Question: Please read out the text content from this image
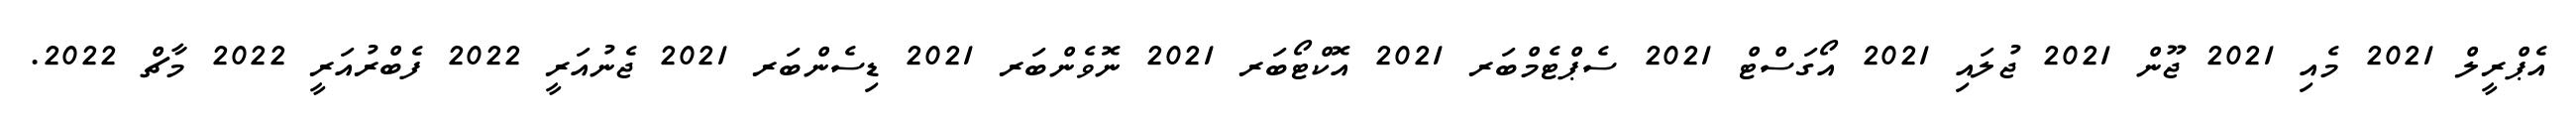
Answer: އެޕްރީލް 2021 މެއި 2021 ޖޫން 2021 ޖުލައި 2021 އޯގަސްޓް 2021 ސެޕްޓެމްބަރ 2021 އޮކްޓޯބަރ 2021 ނޮވެންބަރ 2021 ޑިސެންބަރ 2021 ޖެނުއަރީ 2022 ފެބްރުއަރީ 2022 މާޗް 2022.